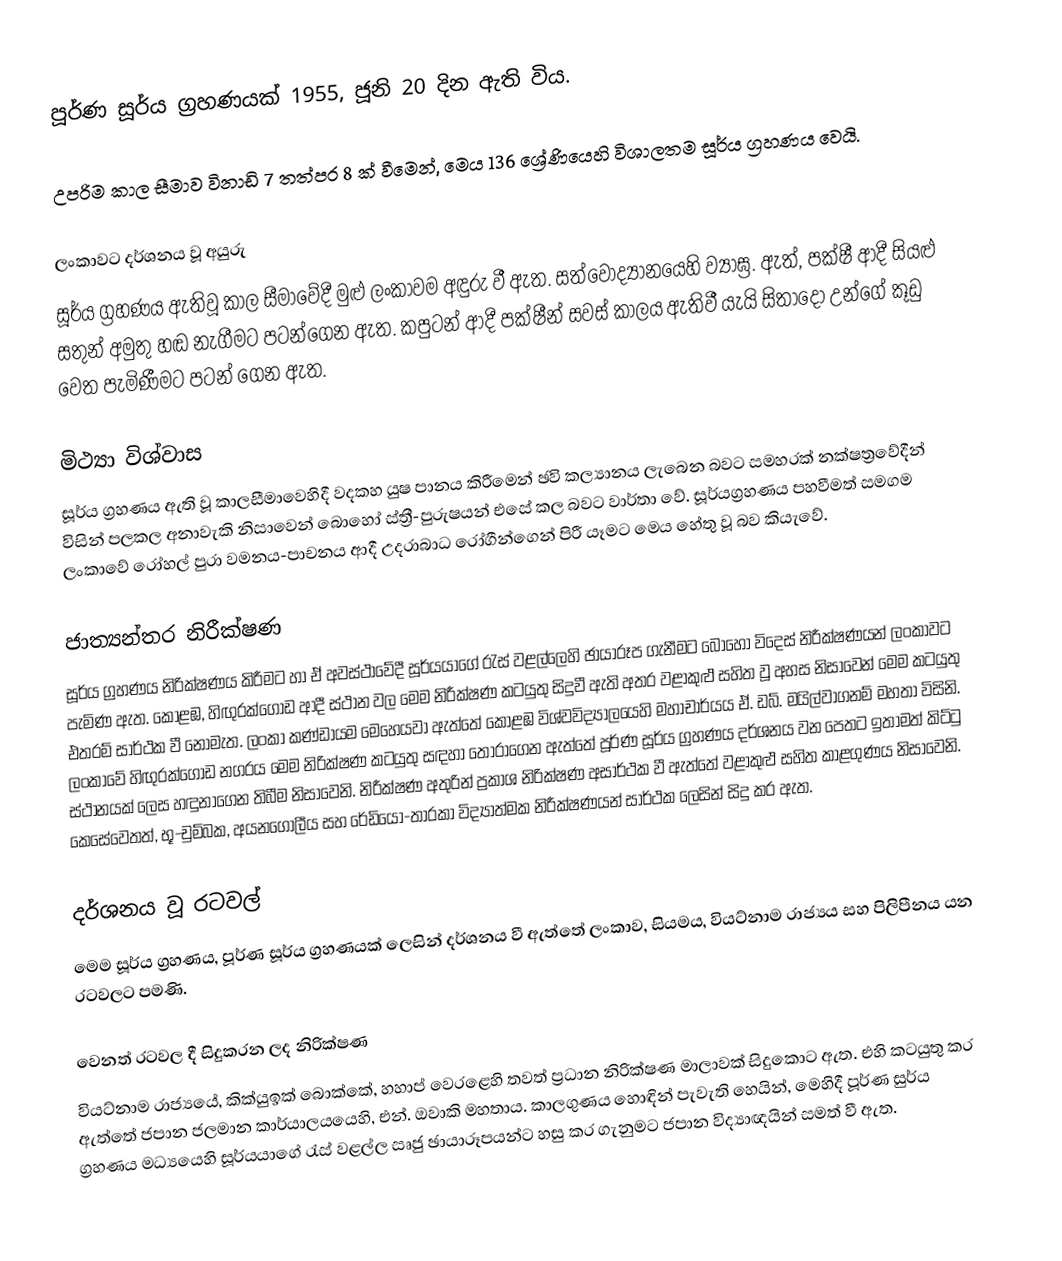
පූර්ණ සූර්ය ග්‍රහණයක් 1955, ජූනි 20 දින ඇති විය.

උපරිම කාල සීමාව විනාඩි 7 තත්පර 8  ක් වීමෙන්, මෙය 136 ශ්‍රේණියෙහි විශාලතම සූර්ය ග්‍රහණය වෙයි.

ලංකාවට දර්ශනය වූ අයුරු
සූර්ය ග්‍රහණය ඇතිවූ කාල සීමාවේදී මුළු ලංකාවම අඳුරු වී ඇත. සත්වොද්‍යානයෙහි ව්‍යාඝ්‍ර. ඇත්, පක්ෂී ආදී සියළු සතුන් අමුතු හඬ නැගීමට පටන්ගෙන ඇත. කපුටන් ආදී පක්ෂීන් සවස් කාලය ඇතිවී යැයි සිතාදෝ උන්ගේ කූඩු වෙත පැමිණීමට පටන් ගෙන ඇත.

මිථ්‍යා විශ්වාස
සූර්ය ග්‍රහණය ඇති වූ කාලසීමාවෙහිදී වදකහ යුෂ පානය කිරීමෙන් ඡවි කල්‍යානය ලැබෙන බවට සමහරක් නක්ෂත්‍රවේදීන් විසින් පලකල අනාවැකි නිසාවෙන් බොහෝ ස්ත්‍රී-පුරුෂයන් එසේ කල බවට වාර්තා වේ. සූර්යග්‍රහණය පහවීමත් සමගම ලංකාවේ රෝහල් පුරා වමනය-පාචනය ආදී උදරාබාධ රෝගීන්ගෙන් පිරී යෑමට මෙය හේතු වූ බව කියැවේ.

ජාත්‍යන්තර නිරීක්ෂණ
සූර්ය ග්‍රහණය නිරික්ෂණය කිරීමට හා ඒ අවස්ථාවේදී සූර්යයාගේ රැස් වළල්ලෙහි ඡායාරූප ගැනීමට බොහෝ විදෙස් නිරීක්ෂණයන් ලංකාවට පැමිණ ඇත. කොළඹ, හිඟුරක්ගොඩ ආදී ස්ථාන වල මෙම නිරීක්ෂණ කටයුතු සිදුවී ඇති අතර වළාකුළු සහිත වූ අහස නිසාවෙන් මෙම කටයුතු එතරම් සාර්ථක වී නොමැත. ලංකා කණ්ඩායම මෙහෙයවා ඇත්තේ කොළඹ විශ්වවිද්‍යාලයෙහි මහාචාර්යය ඒ. ඩබ්. මයිල්වාගනම් මහතා විසිනි. ලංකාවේ හිඟුරක්ගොඩ නගරය මෙම නිරික්ෂණ කටයුතු සඳහා තෝරාගෙන ඇත්තේ පූර්ණ සූර්ය ග්‍රහණය දර්ශනය වන පෙතට ඉතාමත් කිට්ටු ස්ථානයක් ලෙස හඳුනාගෙන තිබීම නිසාවෙනි. නිරීක්ෂණ අතුරින් ප්‍රකාශ නිරික්ෂණ අසාර්ථක වී ඇත්තේ වළාකුළු සහිත කාළගුණය නිසාවෙනි. කෙසේවෙතත්, භූ-චුම්බක, අයනගෝලීය සහ රේඩියෝ-තාරකා විද්‍යාත්මක නිරීක්ෂණයන් සාර්ථක ලෙසින් සිදු කර ඇත.

දර්ශනය වූ රටවල්
මෙම සූර්ය ග්‍රහණය, පූර්ණ සූර්ය ග්‍රහණයක් ලෙසින් දර්ශනය වී ඇත්තේ ලංකාව, සියමය, වියට්නාම රාජ්‍යය සහ පිලිපීනය යන රටවලට පමණි.

වෙනත් රටවල දී සිදුකරන ලද නිරික්ෂණ
 වියට්නාම රාජ්‍යයේ, කික්යුඉක් බොක්කේ, හහාප් වෙරළෙහි තවත් ප්‍රධාන නිරික්ෂණ මාලාවක් සිදුකොට ඇත. එහි කටයුතු කර ඇත්තේ ජපාන ජලමාන කාර්යාලයයෙහි, එන්. ඔවාකි මහතාය. කාලගුණය හොඳින් පැවැති හෙයින්, මෙහිදී පූර්ණ සුර්ය ග්‍රහණය මධ්‍යයෙහි සූර්යයාගේ රැස් වළල්ල සෘජු ඡායාරූපයන්ට හසු කර ගැනුමට ජපාන විද්‍යාඥයින් සමත් වී ඇත.